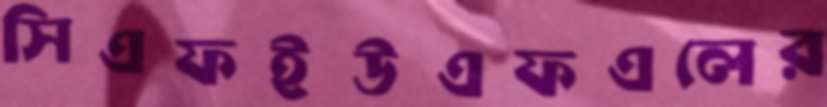
সিএফইউএফএলের